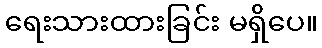
ရေးသားထားခြင်း မရှိပေ။